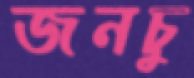
জনচু